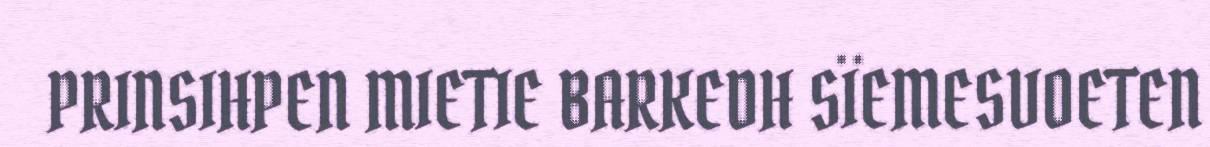
PRINSIHPEN MIETIE BARKEDH SÏEMESVOETEN